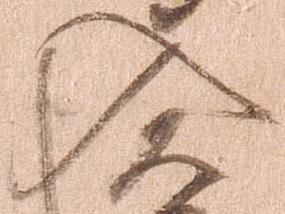
入